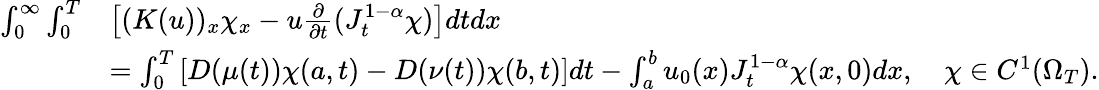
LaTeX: \begin{array}{rl}{\int_{0}^{\infty}\int_{0}^{T}}&{\left[(K(u))_{x}\chi_{x}-u\frac{\partial}{\partial t}(J_{t}^{1-\alpha}\chi)\right]dtdx}\\ &{=\int_{0}^{T}\left[D(\mu(t))\chi(a,t)-D(\nu(t))\chi(b,t)\right]dt-\int_{a}^{b}u_{0}(x)J_{t}^{1-\alpha}\chi(x,0)dx,\quad\chi\in C^{1}(\Omega_{T}).}\end{array}